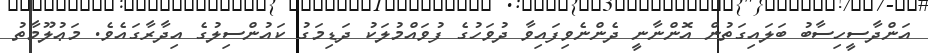
އަންދާސީހިސާބު ބަލައިގަތުން އޮންނާނީ ދެންނެވިފައިވާ ދުވަހުގެ ފުވައްމުލަކު ދަޑިމަގު ކައުންސިލުގެ އިދާރާގައެވެ. މަޢުލޫމާތު